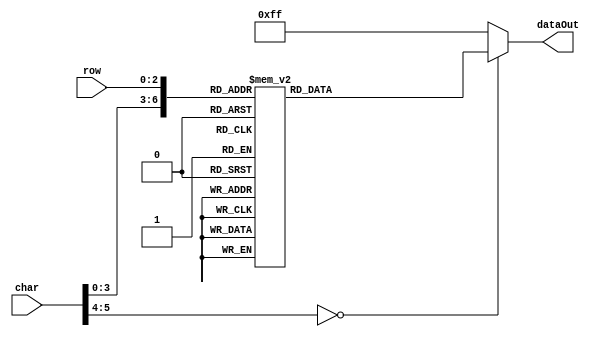
module fontGen(
	input [5:0] char,
	input [2:0] row,
	output reg [7:0] dataOut
);

	always @(*) begin
		case ( { char, row } )
			// 0
			{ 4'h0, 3'h0 }: dataOut = 8'b11111111;			
			{ 4'h0, 3'h1 }: dataOut = 8'b11000011;
			{ 4'h0, 3'h2 }: dataOut = 8'b10011001;
			{ 4'h0, 3'h3 }: dataOut = 8'b10010001;
			{ 4'h0, 3'h4 }: dataOut = 8'b10001001;
			{ 4'h0, 3'h5 }: dataOut = 8'b10011001;
			{ 4'h0, 3'h6 }: dataOut = 8'b11000011;
			{ 4'h0, 3'h7 }: dataOut = 8'b11111111;
			
			// 1
			{ 4'h1, 3'h0 }: dataOut = 8'b11111111;	
			{ 4'h1, 3'h1 }: dataOut = 8'b11100111;
			{ 4'h1, 3'h2 }: dataOut = 8'b11000111;
			{ 4'h1, 3'h3 }: dataOut = 8'b11100111;
			{ 4'h1, 3'h4 }: dataOut = 8'b11100111;
			{ 4'h1, 3'h5 }: dataOut = 8'b11100111;
			{ 4'h1, 3'h6 }: dataOut = 8'b10000001;
			{ 4'h1, 3'h7 }: dataOut = 8'b11111111;
	
			// 2
			{ 4'h2, 3'h0 }: dataOut = 8'b11111111;	
			{ 4'h2, 3'h1 }: dataOut = 8'b11000011;
			{ 4'h2, 3'h2 }: dataOut = 8'b10011001;
			{ 4'h2, 3'h3 }: dataOut = 8'b11110011;
			{ 4'h2, 3'h4 }: dataOut = 8'b11100111;
			{ 4'h2, 3'h5 }: dataOut = 8'b11001111;
			{ 4'h2, 3'h6 }: dataOut = 8'b10000001;
			{ 4'h2, 3'h7 }: dataOut = 8'b11111111;	
		
			// 3
			{ 4'h3, 3'h0 }: dataOut = 8'b11111111;		
			{ 4'h3, 3'h1 }: dataOut = 8'b10000001;
			{ 4'h3, 3'h2 }: dataOut = 8'b11110011;
			{ 4'h3, 3'h3 }: dataOut = 8'b11100111;
			{ 4'h3, 3'h4 }: dataOut = 8'b11110011;
			{ 4'h3, 3'h5 }: dataOut = 8'b10011001;
			{ 4'h3, 3'h6 }: dataOut = 8'b11000011;
			{ 4'h3, 3'h7 }: dataOut = 8'b11111111;
		
			// 4
			{ 4'h4, 3'h0 }: dataOut = 8'b11111111;	
			{ 4'h4, 3'h1 }: dataOut = 8'b11110011;
			{ 4'h4, 3'h2 }: dataOut = 8'b11100011;
			{ 4'h4, 3'h3 }: dataOut = 8'b11000011;
			{ 4'h4, 3'h4 }: dataOut = 8'b10010011;
			{ 4'h4, 3'h5 }: dataOut = 8'b10000001;
			{ 4'h4, 3'h6 }: dataOut = 8'b11110011;
			{ 4'h4, 3'h7 }: dataOut = 8'b11111111;
	
			// 5
			{ 4'h5, 3'h0 }: dataOut = 8'b11111111;	
			{ 4'h5, 3'h1 }: dataOut = 8'b10000001;
			{ 4'h5, 3'h2 }: dataOut = 8'b10011111;
			{ 4'h5, 3'h3 }: dataOut = 8'b10000011;
			{ 4'h5, 3'h4 }: dataOut = 8'b11111001;
			{ 4'h5, 3'h5 }: dataOut = 8'b10011001;
			{ 4'h5, 3'h6 }: dataOut = 8'b11000011;
			{ 4'h5, 3'h7 }: dataOut = 8'b11111111;
	
			// 6
			{ 4'h6, 3'h0 }: dataOut = 8'b11111111;	
			{ 4'h6, 3'h1 }: dataOut = 8'b11000011;
			{ 4'h6, 3'h2 }: dataOut = 8'b10011111;
			{ 4'h6, 3'h3 }: dataOut = 8'b10000011;
			{ 4'h6, 3'h4 }: dataOut = 8'b10011001;
			{ 4'h6, 3'h5 }: dataOut = 8'b10011001;
			{ 4'h6, 3'h6 }: dataOut = 8'b11000011;
			{ 4'h6, 3'h7 }: dataOut = 8'b11111111;
		
			// 7
			{ 4'h7, 3'h0 }: dataOut = 8'b11111111;	
			{ 4'h7, 3'h1 }: dataOut = 8'b10000001;
			{ 4'h7, 3'h2 }: dataOut = 8'b11111001;
			{ 4'h7, 3'h3 }: dataOut = 8'b11110011;
			{ 4'h7, 3'h4 }: dataOut = 8'b11100111;
			{ 4'h7, 3'h5 }: dataOut = 8'b11001111;
			{ 4'h7, 3'h6 }: dataOut = 8'b11001111;
			{ 4'h7, 3'h7 }: dataOut = 8'b11111111;
	
			// 8
			{ 4'h8, 3'h0 }: dataOut = 8'b11111111;	
			{ 4'h8, 3'h1 }: dataOut = 8'b11000011;
			{ 4'h8, 3'h2 }: dataOut = 8'b10011001;
			{ 4'h8, 3'h3 }: dataOut = 8'b11000011;
			{ 4'h8, 3'h4 }: dataOut = 8'b10011001;
			{ 4'h8, 3'h5 }: dataOut = 8'b10011001;
			{ 4'h8, 3'h6 }: dataOut = 8'b11000011;
			{ 4'h8, 3'h7 }: dataOut = 8'b11111111;
		
			// 9
			{ 4'h9, 3'h0 }: dataOut = 8'b11111111;	
			{ 4'h9, 3'h1 }: dataOut = 8'b11000011;
			{ 4'h9, 3'h2 }: dataOut = 8'b10011001;
			{ 4'h9, 3'h3 }: dataOut = 8'b11000001;
			{ 4'h9, 3'h4 }: dataOut = 8'b11111001;
			{ 4'h9, 3'h5 }: dataOut = 8'b11110011;
			{ 4'h9, 3'h6 }: dataOut = 8'b11000111;
			{ 4'h9, 3'h7 }: dataOut = 8'b11111111;
			
			// A
			{ 4'hA, 3'h0 }: dataOut = 8'b11111111;	
			{ 4'hA, 3'h1 }: dataOut = 8'b11100111;
			{ 4'hA, 3'h2 }: dataOut = 8'b11000011;
			{ 4'hA, 3'h3 }: dataOut = 8'b10011001;
			{ 4'hA, 3'h4 }: dataOut = 8'b10011001;
			{ 4'hA, 3'h5 }: dataOut = 8'b10000001;
			{ 4'hA, 3'h6 }: dataOut = 8'b10011001;
			{ 4'hA, 3'h7 }: dataOut = 8'b11111111;
	
			// B
			{ 4'hB, 3'h0 }: dataOut = 8'b11111111;	
			{ 4'hB, 3'h1 }: dataOut = 8'b10000011;
			{ 4'hB, 3'h2 }: dataOut = 8'b10011001;
			{ 4'hB, 3'h3 }: dataOut = 8'b10000011;
			{ 4'hB, 3'h4 }: dataOut = 8'b10011001;
			{ 4'hB, 3'h5 }: dataOut = 8'b10011001;
			{ 4'hB, 3'h6 }: dataOut = 8'b10000011;
			{ 4'hB, 3'h7 }: dataOut = 8'b11111111;
		
			// C
			{ 4'hC, 3'h0 }: dataOut = 8'b11111111;	
			{ 4'hC, 3'h1 }: dataOut = 8'b11000011;
			{ 4'hC, 3'h2 }: dataOut = 8'b10011001;
			{ 4'hC, 3'h3 }: dataOut = 8'b10011111;
			{ 4'hC, 3'h4 }: dataOut = 8'b10011111;
			{ 4'hC, 3'h5 }: dataOut = 8'b10011001;
			{ 4'hC, 3'h6 }: dataOut = 8'b11000011;
			{ 4'hC, 3'h7 }: dataOut = 8'b11111111;
	
			// D
			{ 4'hD, 3'h0 }: dataOut = 8'b11111111;	
			{ 4'hD, 3'h1 }: dataOut = 8'b10000111;
			{ 4'hD, 3'h2 }: dataOut = 8'b10010011;
			{ 4'hD, 3'h3 }: dataOut = 8'b10011001;
			{ 4'hD, 3'h4 }: dataOut = 8'b10011001;
			{ 4'hD, 3'h5 }: dataOut = 8'b10010011;
			{ 4'hD, 3'h6 }: dataOut = 8'b10000111;
			{ 4'hD, 3'h7 }: dataOut = 8'b11111111;
		
			// E
			{ 4'hE, 3'h0 }: dataOut = 8'b11111111;	
			{ 4'hE, 3'h1 }: dataOut = 8'b10000001;
			{ 4'hE, 3'h2 }: dataOut = 8'b10011111;
			{ 4'hE, 3'h3 }: dataOut = 8'b10000011;
			{ 4'hE, 3'h4 }: dataOut = 8'b10011111;
			{ 4'hE, 3'h5 }: dataOut = 8'b10011111;
			{ 4'hE, 3'h6 }: dataOut = 8'b10000001;
			{ 4'hE, 3'h7 }: dataOut = 8'b11111111;

			// F
			{ 4'hF, 3'h0 }: dataOut = 8'b11111111;	
			{ 4'hF, 3'h1 }: dataOut = 8'b10000001;
			{ 4'hF, 3'h2 }: dataOut = 8'b10011111;
			{ 4'hF, 3'h3 }: dataOut = 8'b10000011;
			{ 4'hF, 3'h4 }: dataOut = 8'b10011111;
			{ 4'hF, 3'h5 }: dataOut = 8'b10011111;
			{ 4'hF, 3'h6 }: dataOut = 8'b10011111;
			{ 4'hF, 3'h7 }: dataOut = 8'b11111111;
			
			default: dataOut = 8'b11111111;	
				
		endcase
	end
endmodule